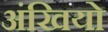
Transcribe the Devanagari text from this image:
अंखियो